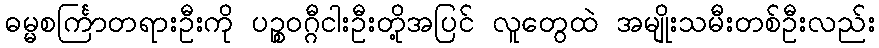
ဓမ္မစင်္ကြာတရားဦးကို ပဉ္စဝဂ္ဂီငါးဦးတို့အပြင် လူတွေထဲ အမျိုးသမီးတစ်ဦးလည်း